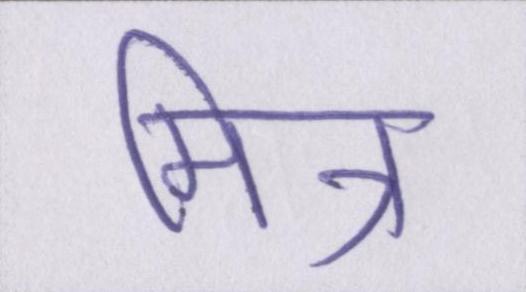
मित्र